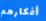
أفكارهم